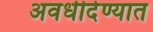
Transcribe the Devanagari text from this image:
अवधीदेण्यात